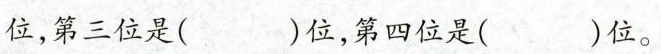
位，第三位是( )位，第四位是( )位。